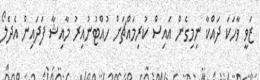
ޒަވީ ވާހަކަ ދައްކާ ނިމިގެން އައިސް ކުރިމައްޗަށް ހުއްޓުނުއިރު މާއިޝާ ފަދައިން އެދެލޯ